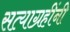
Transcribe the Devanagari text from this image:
सत्याग्रहींनी